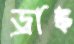
ড্রাঙ্ক